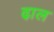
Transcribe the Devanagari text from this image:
ढा़ल